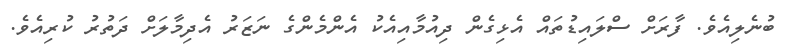
ބުނެލިއެވެ. ފާރަށް ސްލައިޑުތައް އެޅިގެން ދިއުމާއިއެކު އެންމެންގެ ނަޒަރު އެދިމާލަށް ދަތުރު ކުރިއެވެ.